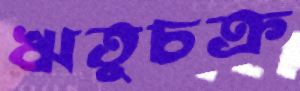
ঋতুচক্র